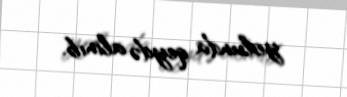
yolunda qeydə alınıb.